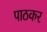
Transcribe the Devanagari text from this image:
पाठकर